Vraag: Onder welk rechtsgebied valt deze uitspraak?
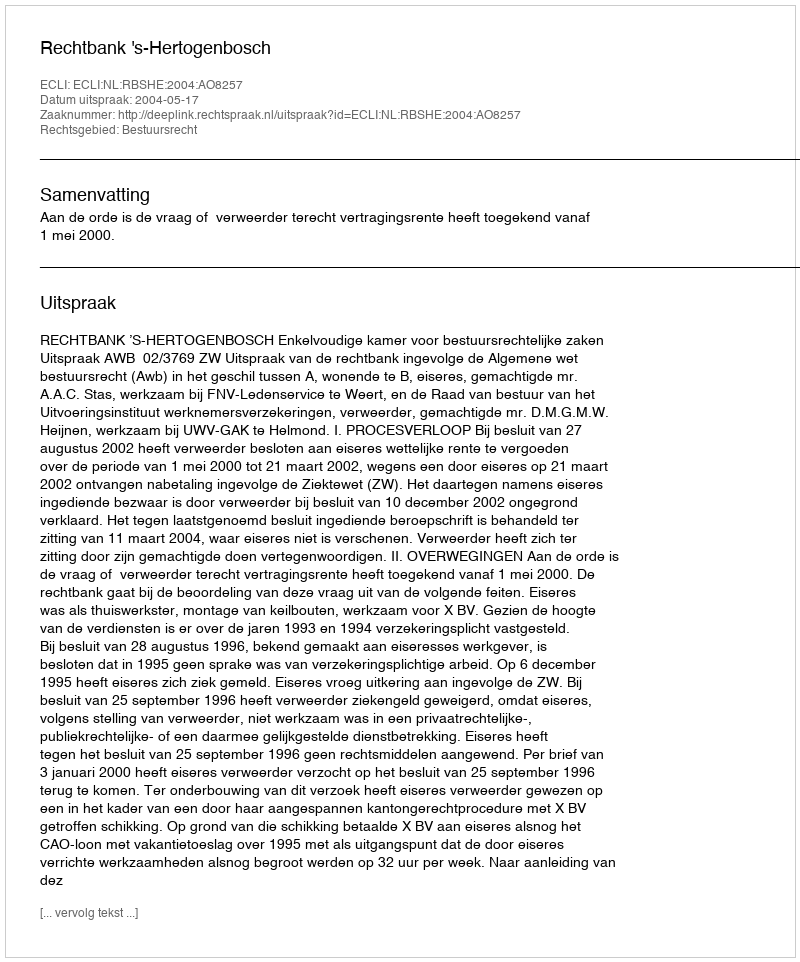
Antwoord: Bestuursrecht